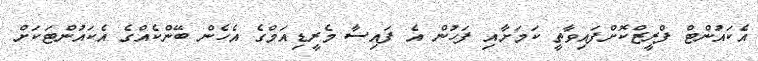
އެކައުންޓް ފްރީޒްކޮށްފައިވާތީ ކަމަށާއި ފަހުން އެ ފައިސާ މެރީޑިއަމްގެ އެހެން ބޭންކެއްގެ އެކައުންޓަކަށް